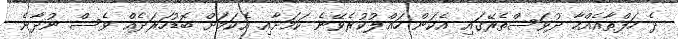
ދެ ހަފްތާއެއްހާ ދުވަސްތެރޭގައި އެކަން ހައްލުކުރެވޭނެ ކަމަށާއި އެކަމަށް ބޮޑުހަރަދެއް ވެސް ނުދާނެ